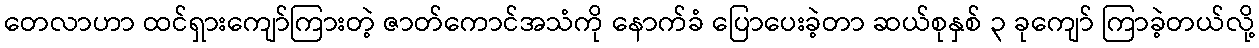
တေလာဟာ ထင်ရှားကျော်ကြားတဲ့ ဇာတ်ကောင်အသံကို နောက်ခံ ပြောပေးခဲ့တာ ဆယ်စုနှစ် ၃ ခုကျော် ကြာခဲ့တယ်လို့